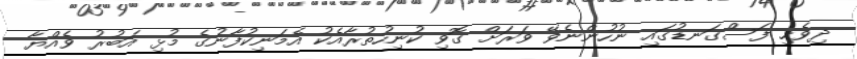
ދިވެހި ފަސްގަނޑުގައި ނުހުންނެވޭ ވަރަށް ގޮވި ކުނިހުތުރާއެކު އެމަނިކުފާނުގެ މުޅި އަބުރު ވެއްޔާ